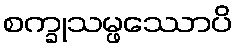
စက္ခုသမ္ဖဿောပိ